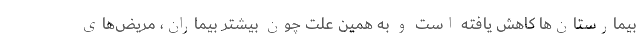
بیمارستان‌ها کاهش یافته است و به همین علت چون بیشتر بیماران، مریض‌های